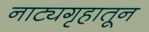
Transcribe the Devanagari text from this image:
नाट्यगृहातून